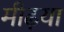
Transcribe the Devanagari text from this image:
मीढ़या